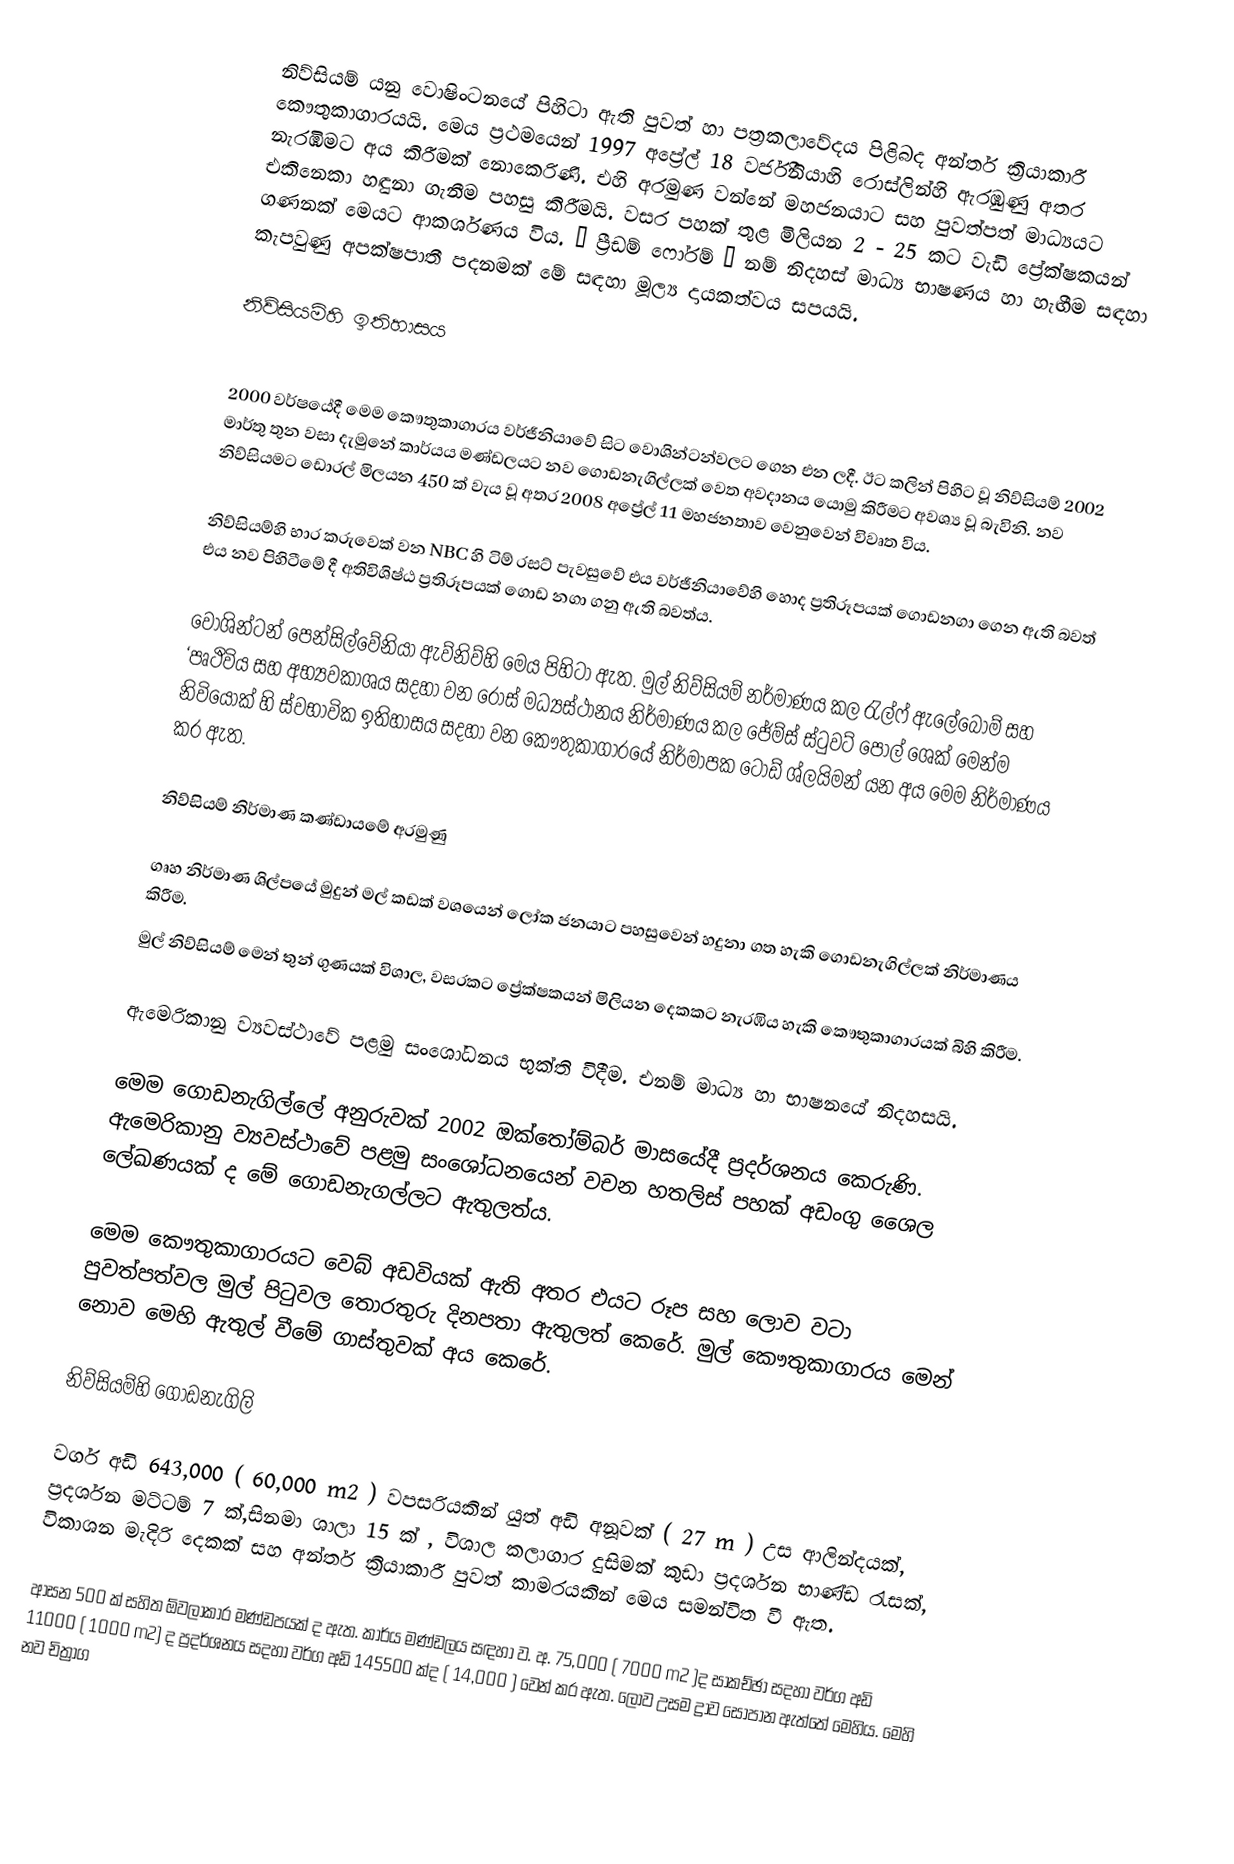
නිව්සියම් යනු වොෂිංටනයේ පිහිටා ඇති පුවත් හා පත්‍රකලාවේදය පිළිබද අන්තර් ක්‍රියාකාරී කෞතුකාගාරයයි. මෙය ප්‍රථමයෙන් 1997 අප්‍රේල් 18 වර්ජීනියාහි රොස්ලින්හි ඇරඹුණු අතර නැරඹීමට අය කිරීමක් නොකෙරිණි. එහි අරමුණ වන්නේ මහජනයාට සහ පුවත්පත් මාධ්‍යයට එකිනෙකා හඳුනා ගැනීම පහසු කිරීමයි. වසර පහක් තුළ මිලියන 2 - 25 කට වැඩි ප්‍රේක්ෂකයන් ගණනක් මෙයට ආකර්ශණය විය. “ ප්‍රීඩම් ෆෝරම් ” නම් නිදහස් මාධ්‍ය භාෂණය හා හැඟීම සඳහා කැපවුණු අපක්ෂපාතී පදනමක් මේ සඳහා මූල්‍ය දායකත්වය සපයයි.

නිව්සියම්හි ඉතිහාසය

2000 වර්ෂයේදී මෙම කෞතුකාගාරය වර්ජීනියාවේ සිට වොශින්ටන්වලට ගෙන එන ලදී. ඊට කලින් පිහිට වූ නිව්සියම් 2002 මාර්තු තුන වසා දැමුනේ කාර්යය මණ්ඩලයට නව ගොඩනැගිල්ලක් වෙත අවදානය යොමු කිරීමට අවශ්‍ය වූ බැවිනි. නව නිව්සියමට ඩොරල් මිලයන 450 ක් වැය වූ අතර 2008 අප්‍රේල් 11 මහජනතාව වෙනුවෙන් විවෘත විය.

නිව්සියම්හි  භාර කරුවෙක් වන NBC හි ටිම් රසට් පැවසුවේ එය වර්ජීනියාවේහි හොද ප්‍රතිරූපයක් ගොඩනගා ගෙන ඇති බවත් එය නව පිහිටීමේ දී අතිවිශිෂ්ඨ ප්‍රතිරූපයක් ගොඩ නගා ගනු ඇති බවත්ය.

වොශින්ටන් පෙන්සිල්වේනියා ඇව්නිව්හි මෙය පිහිටා ඇත. මුල් නිව්සියම් නර්මාණය කල රැල්ෆ් ඇලේබෝම් සහ ‘පෘථිවිය සහ අභ්‍යවකාශය සදහා වන රෝස් මධ්‍යස්ථානය නිර්මාණය කල ජේම්ස් ස්ටුවට් පෝල් ශෙක් මෙන්ම නිවියෝක් හි ස්වභාවික ඉතිහාසය සදහා වන  කෞතුකාගාරයේ නිර්මාපක ටොඩ් ශ්ලයිමන් යන අය මෙම නිර්මාණය කර ඇත.

නිව්සියම් නිර්මාණ කණ්ඩායමේ අරමුණු

 ගෘහ නිර්මාණ ශිල්පයේ මුදුන් මල් කඩක් වශයෙන් ලෝක ජනයාට පහසුවෙන් හදුනා ගත හැකි ගොඩනැගිල්ලක් නිර්මාණය කිරීම.
 මුල් නිව්සියම් මෙන් තුන් ගුණයක් විශාල, වසරකට ප්‍රේක්ෂකයන් මිලියන දෙකකට නැරඹිය හැකි කෞතුකාගාරයක් බිහි කිරීම.

 ඇමෙරිකානු ව්‍යවස්ථාවේ පළමු සංශෝධනය භුක්ති විදීම. එනම් මාධ්‍ය හා භාෂනයේ නිදහසයි.

මෙම ගොඩනැගිල්ලේ අනුරුවක් 2002 ඔක්තෝම්බර් මාසයේදී ප්‍රදර්ශනය කෙරුණි. ඇමෙරිකානු ව්‍යවස්ථාවේ පළමු සංශෝධනයෙන් වචන හතලිස් පහක් අඩංගු ශෛල ලේඛණයක් ද මේ ගොඩනැගල්ලට ඇතුලත්ය.

මෙම කෞතුකාගාරයට වෙබ් අඩවියක් ඇති අතර එයට රූප සහ ලොව වටා පුවත්පත්වල මුල් පිටුවල තොරතුරු දිනපතා ඇතුලත් කෙරේ. මුල් කෞතුකාගාරය මෙන් නොව මෙහි ඇතුල් වීමේ ගාස්තුවක් අය කෙරේ.

නිව්සියම්හි ගොඩනැගිලි

වර්ග අඩි 643,000 ( 60,000 m2 ) වපසරියකින් යුත් අඩි අනූවක් ( 27 m ) උස ආලින්දයක්, ප්‍රදර්ශන මට්ටම් 7 ක්,සිනමා ශාලා 15 ක් , විශාල කලාගාර දුසිමක් කුඩා ප්‍රදර්ශන භාණ්ඩ රැසක්, විකාශන මැදිරි දෙකක් සහ අන්තර් ක්‍රියාකාරී පුවත් කාමරයකින් මෙය සමන්විත වී ඇත.

ආසන 500 ක් සහිත ඕවලාකාර මණ්ඩපයක් ද ඇත. කාර්ය මණ්ඩලය සඳහා ව. අ. 75,000 ( 7000 m2 )ද සාකච්ඡා සදහා වර්ග අඩි 11000 ( 1000 m2) ද ප්‍රදර්ශනය සදහා වර්ග අඩි 145500 ක්ද ( 14,000 ) වෙන් කර ඇත. ලොව උසම ද්‍රාව සෝපාන ඇත්තේ මෙහිය. මෙහි නව චිත්‍රාග